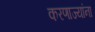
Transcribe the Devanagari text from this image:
करणाज्यांना